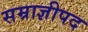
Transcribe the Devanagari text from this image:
सम्राज्ञीपद